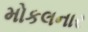
મોકલનાર